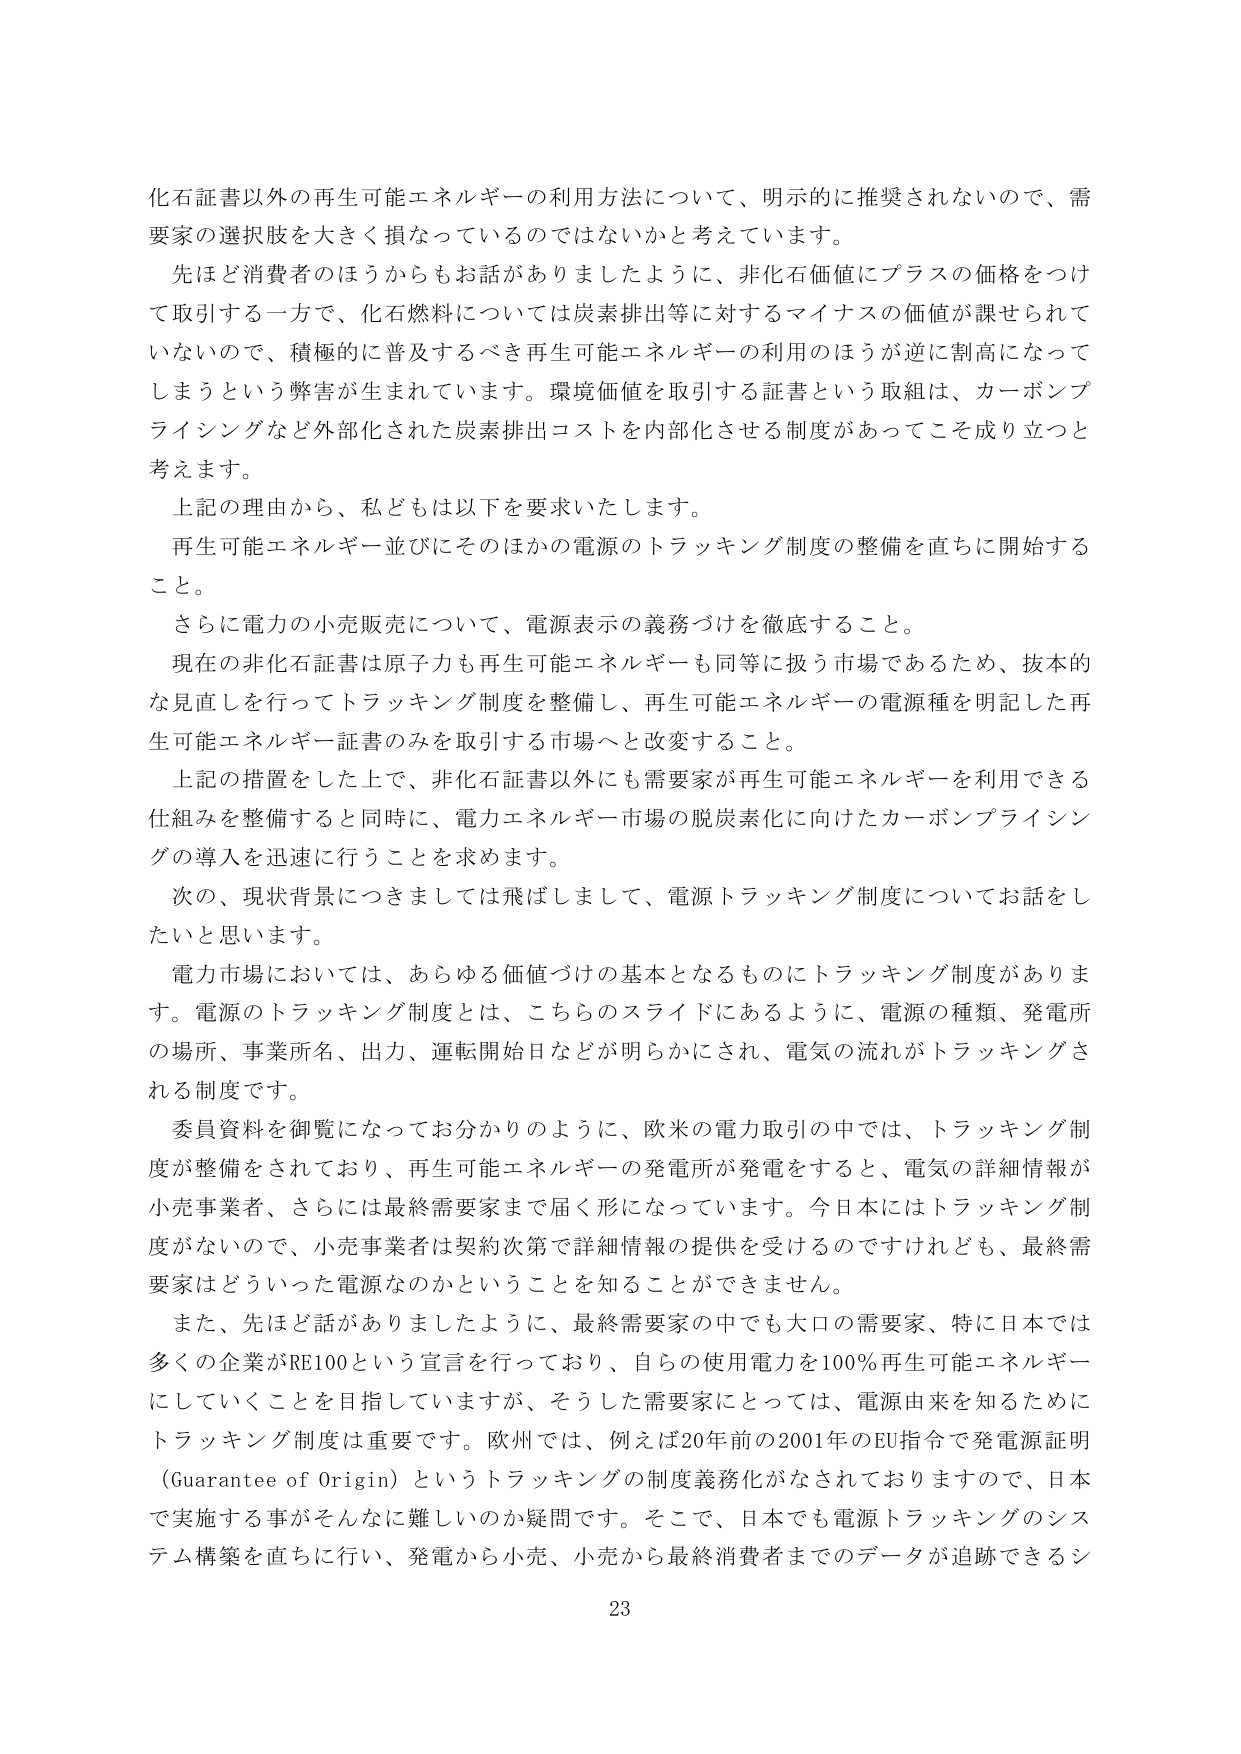
化石証書以外の再生可能エネルギーの利用方法について、明示的に推奨されないので、需要家の選択肢を大きく損なっているのではないかと考えています。

先ほど消費者のほうからもお話がありましたように、非化石価値にプラスの価格をつけて取引する一方で、化石燃料については炭素排出等に対するマイナスの価値が課せられていないので、積極的に普及するべき再生可能エネルギーの利用のほうが逆に割高になってしまうという弊害が生まれています。環境価値を取引する証書という取組は、カーボンプライシングなど外部化された炭素排出コストを内部化させる制度があってこそ成り立つと考えます。

上記の理由から、私どもは以下を要求いたします。

再生可能エネルギー並びにそのほかの電源のトラッキング制度の整備を直ちに開始すること。

さらに電力の小売販売について、電源表示の義務づけを徹底すること。

現在の非化石証書は原子力も再生可能エネルギーも同等に扱う市場であるため、抜本的な見直しを行ってトラッキング制度を整備し、再生可能エネルギーの電源種を明記した再生可能エネルギー証書のみを取引する市場へと改変すること。

上記の措置をした上で、非化石証書以外にも需要家が再生可能エネルギーを利用できる仕組みを整備すると同時に、電力エネルギー市場の脱炭素化に向けたカーボンプライシングの導入を迅速に行うことを求めます。

次の、現状背景につきましては飛ばしまして、電源トラッキング制度についてお話したいと思います。

電力市場においては、あらゆる価値づけの基本となるものにトラッキング制度があります。電源のトラッキング制度とは、こちらのスライドにあるように、電源の種類、発電所の場所、事業所名、出力、運転開始日などが明らかにされ、電気の流れがトラッキングされる制度です。

委員資料を御覧になってお分かりのように、欧米の電力取引の中では、トラッキング制度が整備されており、再生可能エネルギーの発電所が発電をすると、電気の詳細情報が小売事業者、さらには最終需要家まで届く形になっています。今日本にはトラッキング制度がないので、小売事業者は契約次第で詳細情報の提供を受けるのですけれども、最終需要家はどういった電源なのかということを知ることができません。

また、先ほど話がありましたように、最終需要家の中でも大口の需要家、特に日本では多くの企業がRE100という宣言を行っており、自らの使用電力を100％再生可能エネルギーにしていくことを目指していますが、そうした需要家にとっては、電源由来を知るためにトラッキング制度は重要です。欧州では、例えば20年前の2001年のEU指令で発電源証明（Guarantee of Origin）というトラッキングの制度義務化がなされておりますので、日本で実施する事がそんなに難しいのか疑問です。そこで、日本でも電源トラッキングのシステム構築を直ちに行い、発電から小売、小売から最終消費者までのデータが追跡できるシ

23